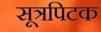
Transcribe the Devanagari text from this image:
सूत्रपिटक